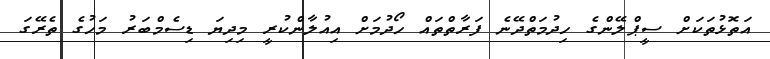
އަތޮޅުތަކަށް ސީޕްލޭންގެ ހިދުމަތްދޭނެ ފަރާތްތައް ހޯދުމަށް އިއުލާންކުރީ މިދިޔަ ޑިސެމްބަރު މަހުގެ ތެރޭގަ